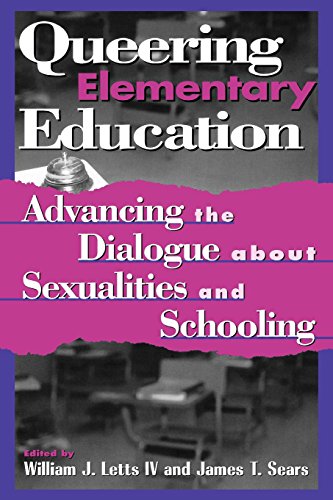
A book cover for Queering Elementary Education: Advancing the Dialogue about Sexualities and Schooling (Curriculum, Cultures, and (Homo)Sexualities Series); Gay & Lesbian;